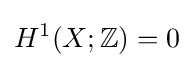
H^{1}(X;\mathbb {Z} )=0